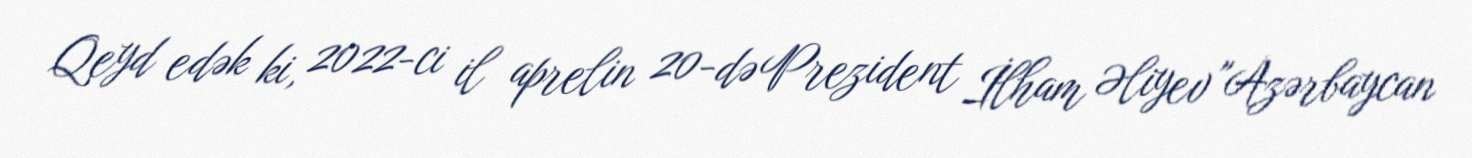
Qeyd edək ki, 2022-ci il aprelin 20-də Prezident İlham Əliyev "Azərbaycan